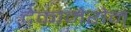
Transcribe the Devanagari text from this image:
देकामेरोन्